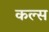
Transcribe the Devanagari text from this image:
कल्स